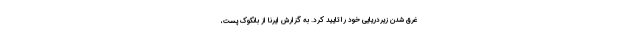
غرق شدن زیردریایی خود را تایید کرد. به گزارش ایرنا از بانکوک پست،